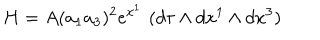
H = A ( a _ { 1 } a _ { 3 } ) ^ { 2 } e ^ { x ^ { 1 } } \, \, ( d \tau \wedge d x ^ { 1 } \wedge d x ^ { 3 } )